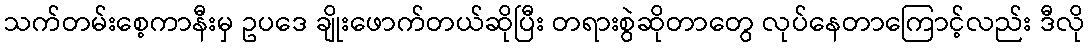
သက်တမ်းစေ့ကာနီးမှ ဥပဒေ ချိုးဖောက်တယ်ဆိုပြီး တရားစွဲဆိုတာတွေ လုပ်နေတာကြောင့်လည်း ဒီလို